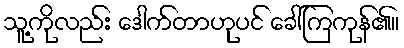
သူ့ကိုလည်း ဒေါက်တာဟုပင် ခေါ်ကြကုန်၏။